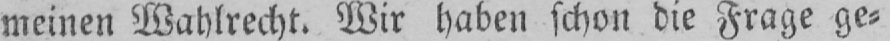
meinen Wahlrecht. Wir haben schon die Frage ge⸗